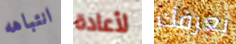
انتباهه لأعادة يعرفك